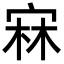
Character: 㝝